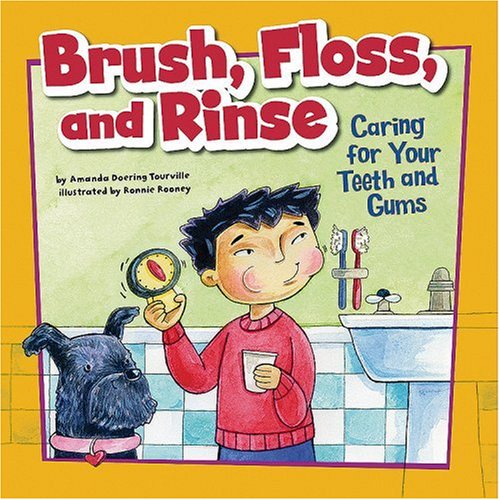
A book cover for Brush, Floss, and Rinse: Caring for Your Teeth and Gums (How to Be Healthy!); Amanda Doering Tourville; Medical Books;